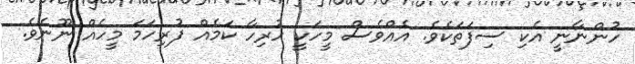
ހުންނާނީ އެކި ސިފަތަކެވެ. އެއްވެސް މީހަކީ ހުރިހާ ކަމެއް ފުރިހަމަ މީހެއް ނޫނެވެ.